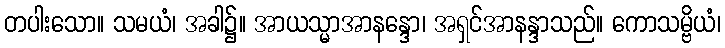
တပါးသော။ သမယံ၊ အခါ၌။ အာယသ္မာအာနန္ဒော၊ အရှင်အာနန္ဒာသည်။ ကောသမ္ဗိယံ၊